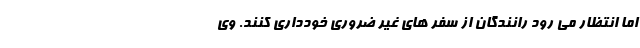
اما انتظار می رود رانندگان از سفر های غیر ضروری خودداری کنند. وی